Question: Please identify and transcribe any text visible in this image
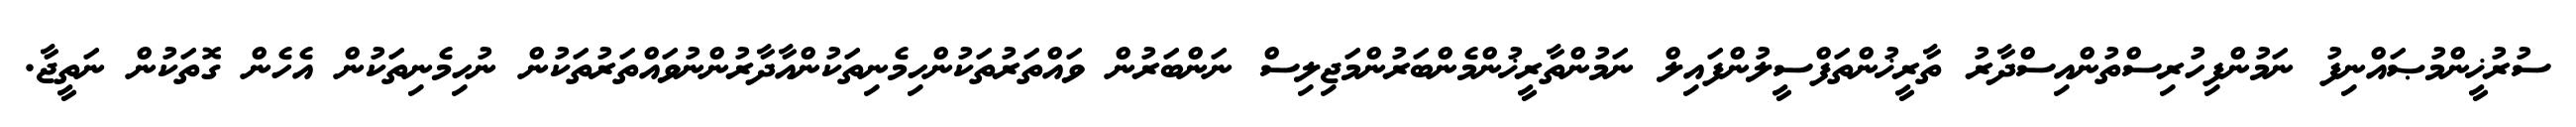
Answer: ސުރުޚީންމުޞައްނިފު ނަމުންފިހުރިސްތުންއިސްދާރު ތާރީޚުންތަފްސީލުންފައިލް ނަމުންތާރީޚުންމެންބަރުންމަޖިލިސް ނަންބަރުން ވައްތަރުތަކުންހިމެނިތަކުންއާދާރުންނުވައްތަރުތަކުން ނުހިމެނިތަކުން އެހެން ގޮތަކުން ނަތީޖާ.